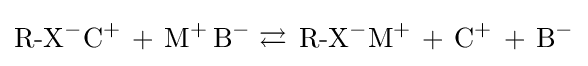
{\text{R-X}}^{-}{\text{C}}^{+}\,+\,{\text{M}}^{+}\,{\text{B}}^{-}\rightleftarrows \,{\text{R-X}}^{-}{\text{M}}^{+}\,+\,{\text{C}}^{+}\,+\,{\text{B}}^{-}